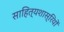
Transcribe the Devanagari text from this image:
साहित्यशास्रियों